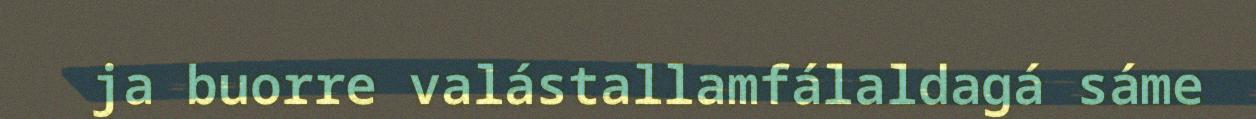
ja buorre valástallamfálaldagá sáme